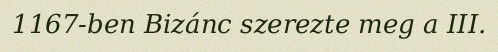
1167-ben Bizánc szerezte meg a III.